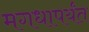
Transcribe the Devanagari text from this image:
मगधापर्यंत